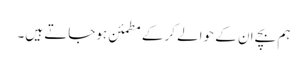
ہم بچے ان کے حوالے کرکے مطمئن ہوجاتے ہیں۔